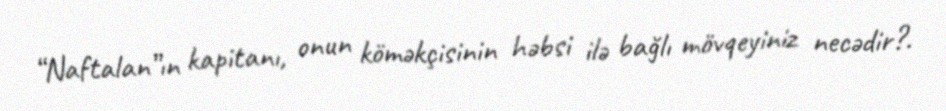
“Naftalan”ın kapitanı, onun köməkçisinin həbsi ilə bağlı mövqeyiniz necədir?.